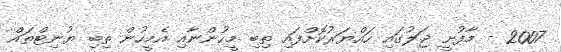
2007 - މާފުށީ ޖަލުގައި ހައްޔަރުކޮށްފައި ތިބި މީހުންނާއި އެމީހުން ތިބި ޔުނިޓްތައް